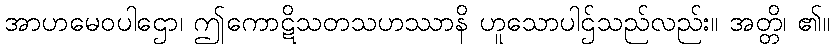
အာဟမေဝပါဌော၊ ဤကောဋိသတသဟဿာနိ ဟူသောပါဌ်သည်လည်း။ အတ္တိ၊ ၏။